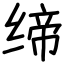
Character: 缔